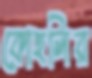
কোহলির